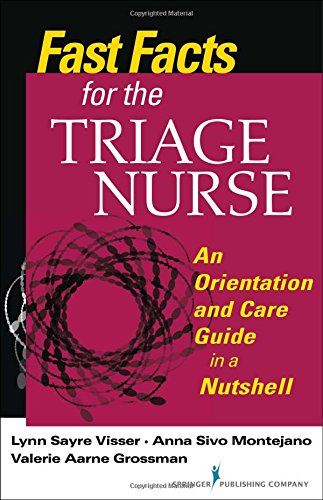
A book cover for Fast Facts for the Triage Nurse: An Orientation and Care Guide in a Nutshell (Fast Facts for Your Nursing Career); Lynn Sayre Visser MSN  BS  RN  CEN  CPEN  CLNC; Medical Books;